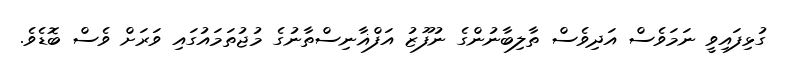
ގުޅިފައިވީ ނަމަވެސް އަދިވެސް ތާލިބާނުންގެ ނުފޫޒު އަފްޣާނިސްތާނުގެ މުޖުތަމައުގައި ވަރަށް ވެސް ބޮޑެވެ.